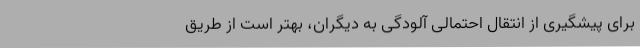
برای پیشگیری از انتقال احتمالی آلودگی به دیگران، بهتر است از طریق